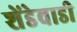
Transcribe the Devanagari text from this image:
शेंडेवाडी